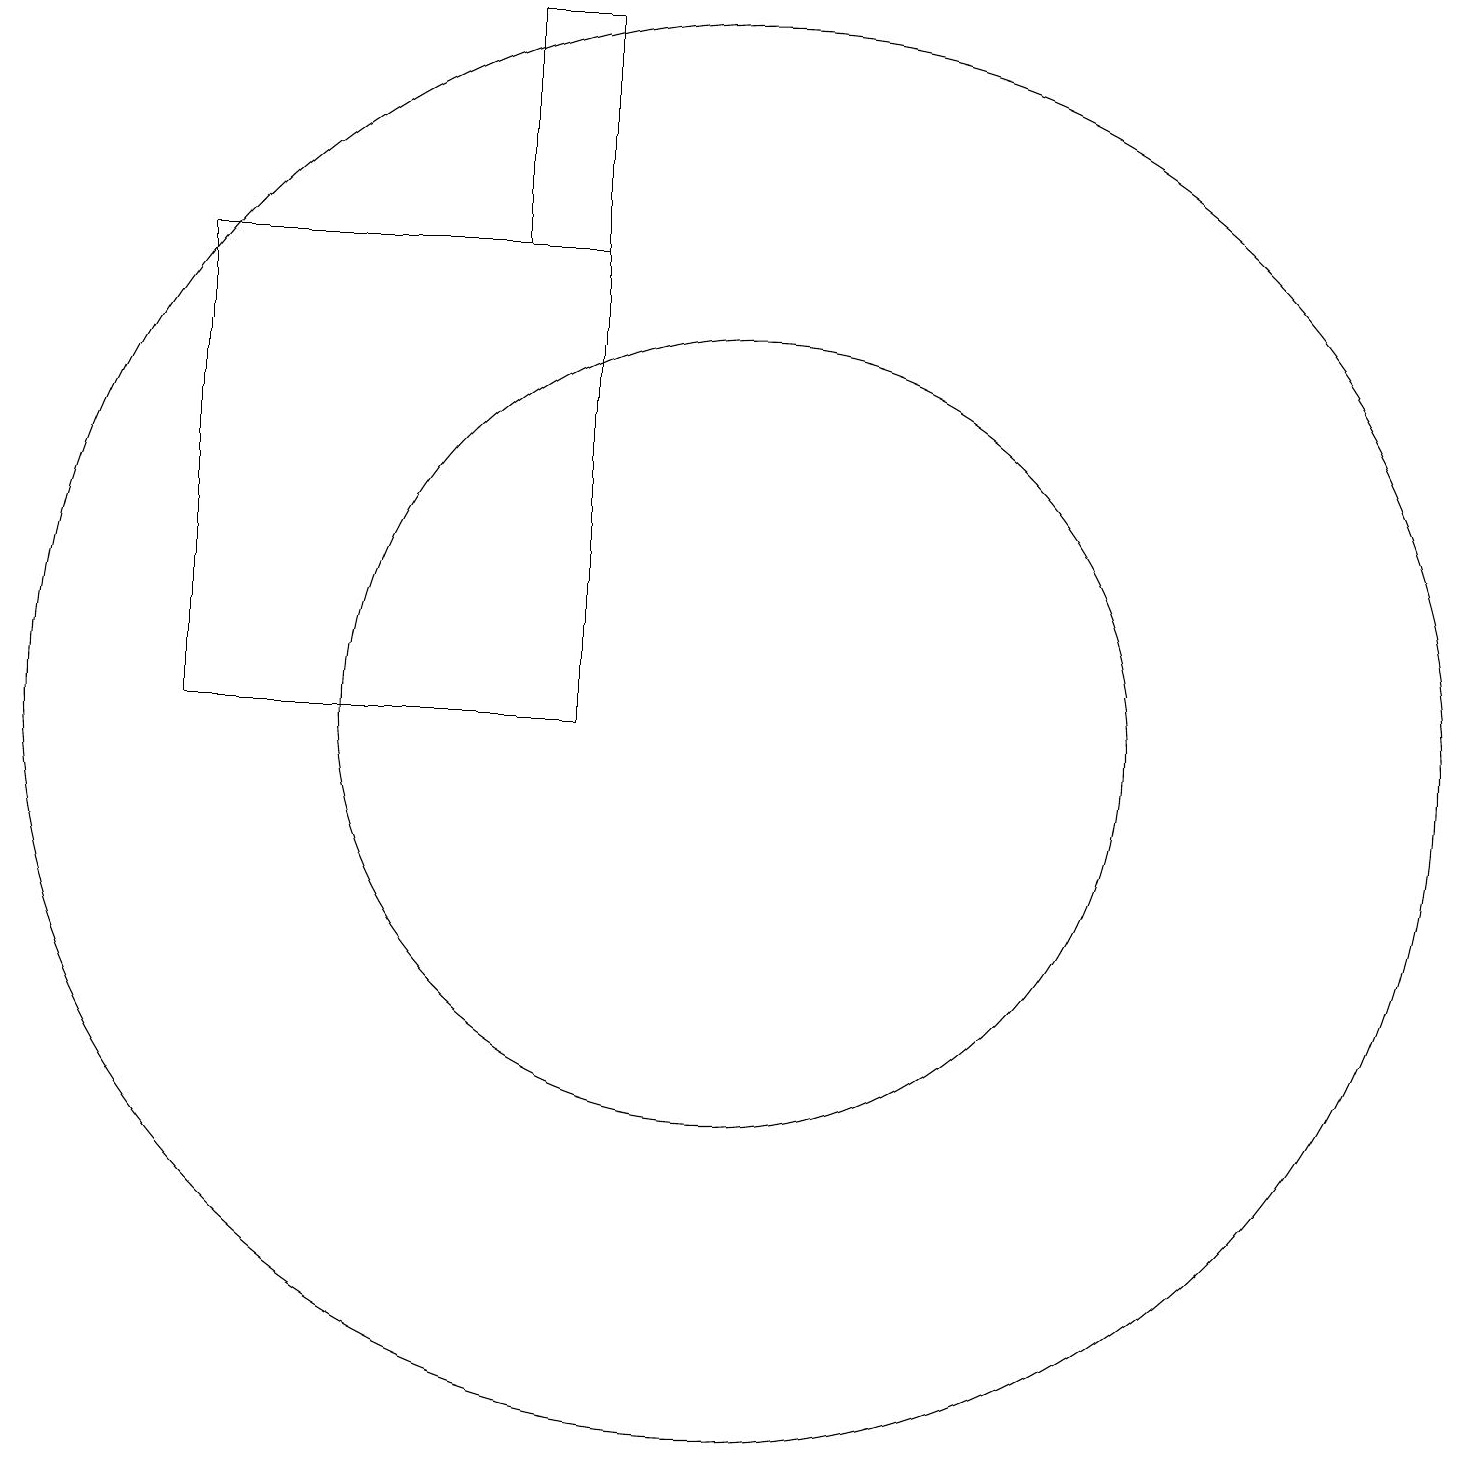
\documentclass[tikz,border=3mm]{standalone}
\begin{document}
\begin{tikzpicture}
\draw (11,10) circle (5);
\draw (11,10) circle (9);
\draw (4,16) rectangle (9,10);
\draw (9,16) rectangle (8,19);
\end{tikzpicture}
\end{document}